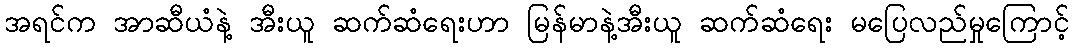
အရင်က အာဆီယံနဲ့ အီးယူ ဆက်ဆံရေးဟာ မြန်မာနဲ့အီးယူ ဆက်ဆံရေး မပြေလည်မှုကြောင့်